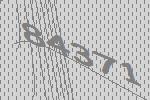
84371